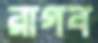
রাগব